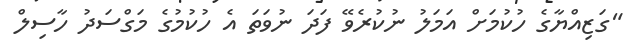
"ގަޒިއްޔާގެ ހުކުމަށް އަމަލު ނުކުރެވޭ ފަދަ ނުވަތަ އެ ހުކުމުގެ މަގްސަދު ހާސިލް